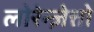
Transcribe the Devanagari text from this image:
लोरेन्ज़ेत्तो